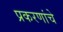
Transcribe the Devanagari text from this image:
प्रकरणांचे